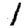
Digit: 1